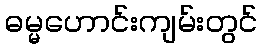
ဓမ္မဟောင်းကျမ်းတွင်